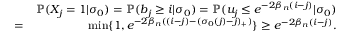
\begin{array} { r l r } & { } & { \mathbb { P } ( X _ { j } = 1 | \sigma _ { 0 } ) = \mathbb { P } ( b _ { j } \geq i | \sigma _ { 0 } ) = \mathbb { P } ( u _ { j } \leq e ^ { - 2 \beta _ { n } ( i - j ) } | \sigma _ { 0 } ) } \\ & { = } & { \operatorname* { m i n } \{ 1 , e ^ { - 2 \beta _ { n } ( ( i - j ) - ( \sigma _ { 0 } ( j ) - j ) _ { + } ) } \} \geq e ^ { - 2 \beta _ { n } ( i - j ) } . } \end{array}